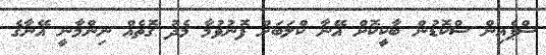
ސްޕެއިން ސްކޮޑުން ބާކީކޮށް އޭނާ ކްލަބަށް ފޮނުވުމާ މެދު ގޮތެއް ނިންމާނީ އޭނާގެ